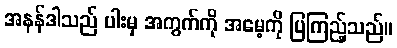
အနန်ဒါသည် ပါးမှ အကွက်ကို အမေ့ကို ပြကြည့်သည်။